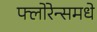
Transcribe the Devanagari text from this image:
फ्लोरेन्समधे